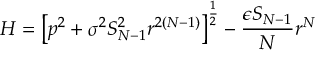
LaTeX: H = \left[ p ^ { 2 } + \sigma ^ { 2 } S _ { N - 1 } ^ { 2 } r ^ { 2 ( N - 1 ) } \right] ^ { \frac 1 2 } - \frac { \epsilon S _ { N - 1 } } { N } r ^ { N }